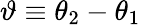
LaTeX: \vartheta\equiv\theta_{2}-\theta_{1}